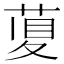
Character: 𦴲